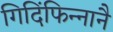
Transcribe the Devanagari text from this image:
गिदिंफिन्‍नानै